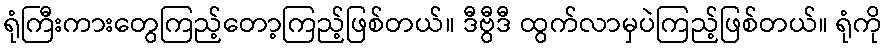
ရုံကြီးကားတွေကြည့်တော့ကြည့်ဖြစ်တယ်။ ဒီဗွီဒီ ထွက်လာမှပဲကြည့်ဖြစ်တယ်။ ရုံကို